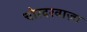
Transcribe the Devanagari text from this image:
चोरदरवाज़ा